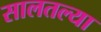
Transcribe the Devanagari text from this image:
सालतल्या